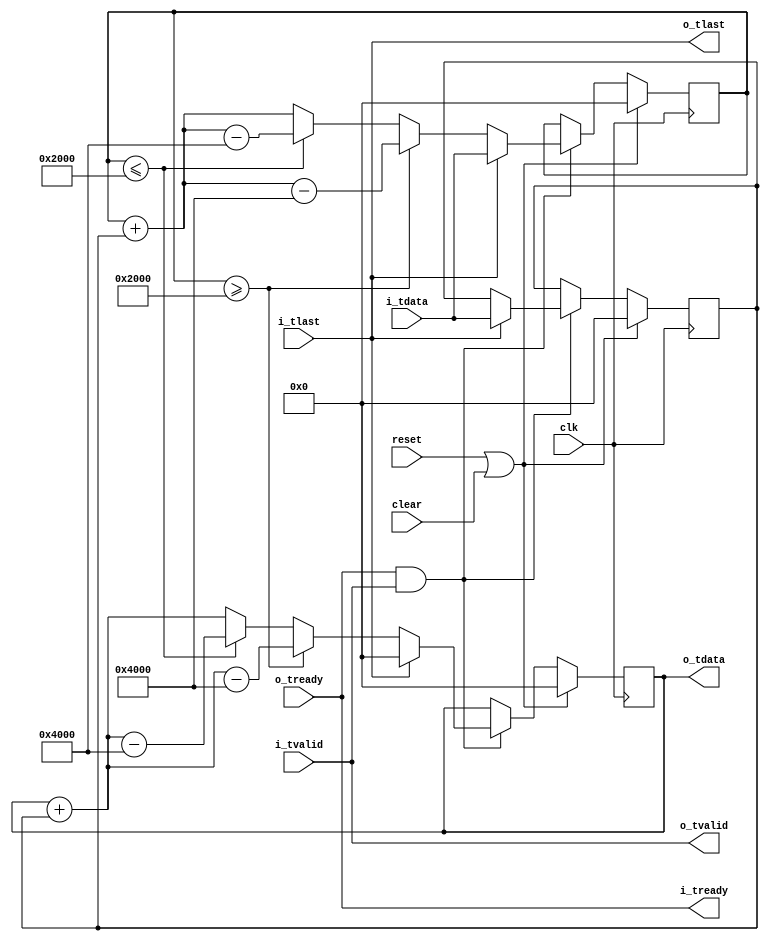
//
// Copyright 2015 Ettus Research
// Copyright 2018 Ettus Research, a National Instruments Company
//
// SPDX-License-Identifier: LGPL-3.0-or-later
//
// Expects scaled radians fixed point input format of the form Q2.#,
// Example: WIDTH_IN=8 then input format: Q2.5 (sign bit, 2 integer bits, 5 fraction bits)
module phase_accum #(
  parameter REVERSE_ROTATION = 0, // Negate phase increment value
  parameter WIDTH_ACCUM = 16,
  parameter WIDTH_IN = 16,
  parameter WIDTH_OUT = 16)
(
  input clk, input reset, input clear,
  input [WIDTH_IN-1:0] i_tdata, input i_tlast, input i_tvalid, output i_tready,
  output [WIDTH_OUT-1:0] o_tdata, output o_tlast, output o_tvalid, input o_tready
);

  reg signed [WIDTH_ACCUM-1:0] accum, accum_next, phase_inc;
  // Scaled radians. Restrict range from +1 to -1.
  wire signed [WIDTH_ACCUM-1:0] POS_ROLLOVER = 2**(WIDTH_ACCUM-3);
  wire signed [WIDTH_ACCUM-1:0] NEG_ROLLOVER = -(2**(WIDTH_ACCUM-3));

  wire [WIDTH_OUT-1:0] output_round_tdata;
  wire output_round_tvalid, output_round_tready, output_round_tlast;

  // Phase accumulator, can rotate in either direction
  always @(posedge clk) begin
    if (reset | clear) begin
      accum      <= 'd0;
      accum_next <= 'd0;
      phase_inc  <= 'd0;
    end else if (i_tready & i_tvalid) begin
      if (i_tlast) begin
        accum       <= {WIDTH_ACCUM{1'b0}};
        accum_next  <= REVERSE_ROTATION ? -$signed(i_tdata) : $signed(i_tdata);
        phase_inc   <= REVERSE_ROTATION ? -$signed(i_tdata) : $signed(i_tdata);
      end else begin
        if (accum_next >= POS_ROLLOVER) begin
          accum_next <= accum_next + phase_inc - 2*POS_ROLLOVER;
          accum      <= accum + phase_inc - 2*POS_ROLLOVER;
        end else if (accum_next <= NEG_ROLLOVER) begin
          accum_next <= accum_next + phase_inc - 2*NEG_ROLLOVER;
          accum      <= accum + phase_inc - 2*NEG_ROLLOVER;
        end else begin
          accum_next <= accum_next + phase_inc;
          accum      <= accum + phase_inc;
        end
      end
    end
  end

  generate
    // Bypass rounding if accumulator width is same as output width
    if (WIDTH_ACCUM == WIDTH_OUT) begin
      assign o_tdata  = accum;
      assign o_tvalid = i_tvalid;
      assign o_tlast  = i_tlast;
      assign i_tready = o_tready;
    end else begin
      axi_round #(
        .WIDTH_IN(WIDTH_ACCUM),
        .WIDTH_OUT(WIDTH_OUT))
      axi_round (
        .clk(clk), .reset(reset),
        .i_tdata(accum), .i_tlast(i_tlast), .i_tvalid(i_tvalid), .i_tready(i_tready),
        .o_tdata(o_tdata), .o_tlast(o_tlast), .o_tvalid(o_tvalid), .o_tready(o_tready));
    end
  endgenerate

endmodule